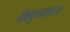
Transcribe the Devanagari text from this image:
देवकुलशास्त्र